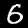
Label: 6